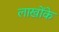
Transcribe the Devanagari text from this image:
लाखोंके